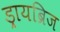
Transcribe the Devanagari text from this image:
ड्रायब्रिज